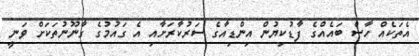
އެތަކެއް ހާސް ބައެއްގެ ފާޑުކިޔުން އިންޑިއާގެ ސަރުކާރަށާއި އެ ގައުމުގެ ގާނޫނުތަކަށް ވަނީ